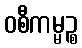
ဝစီကမ္မဉ္စ